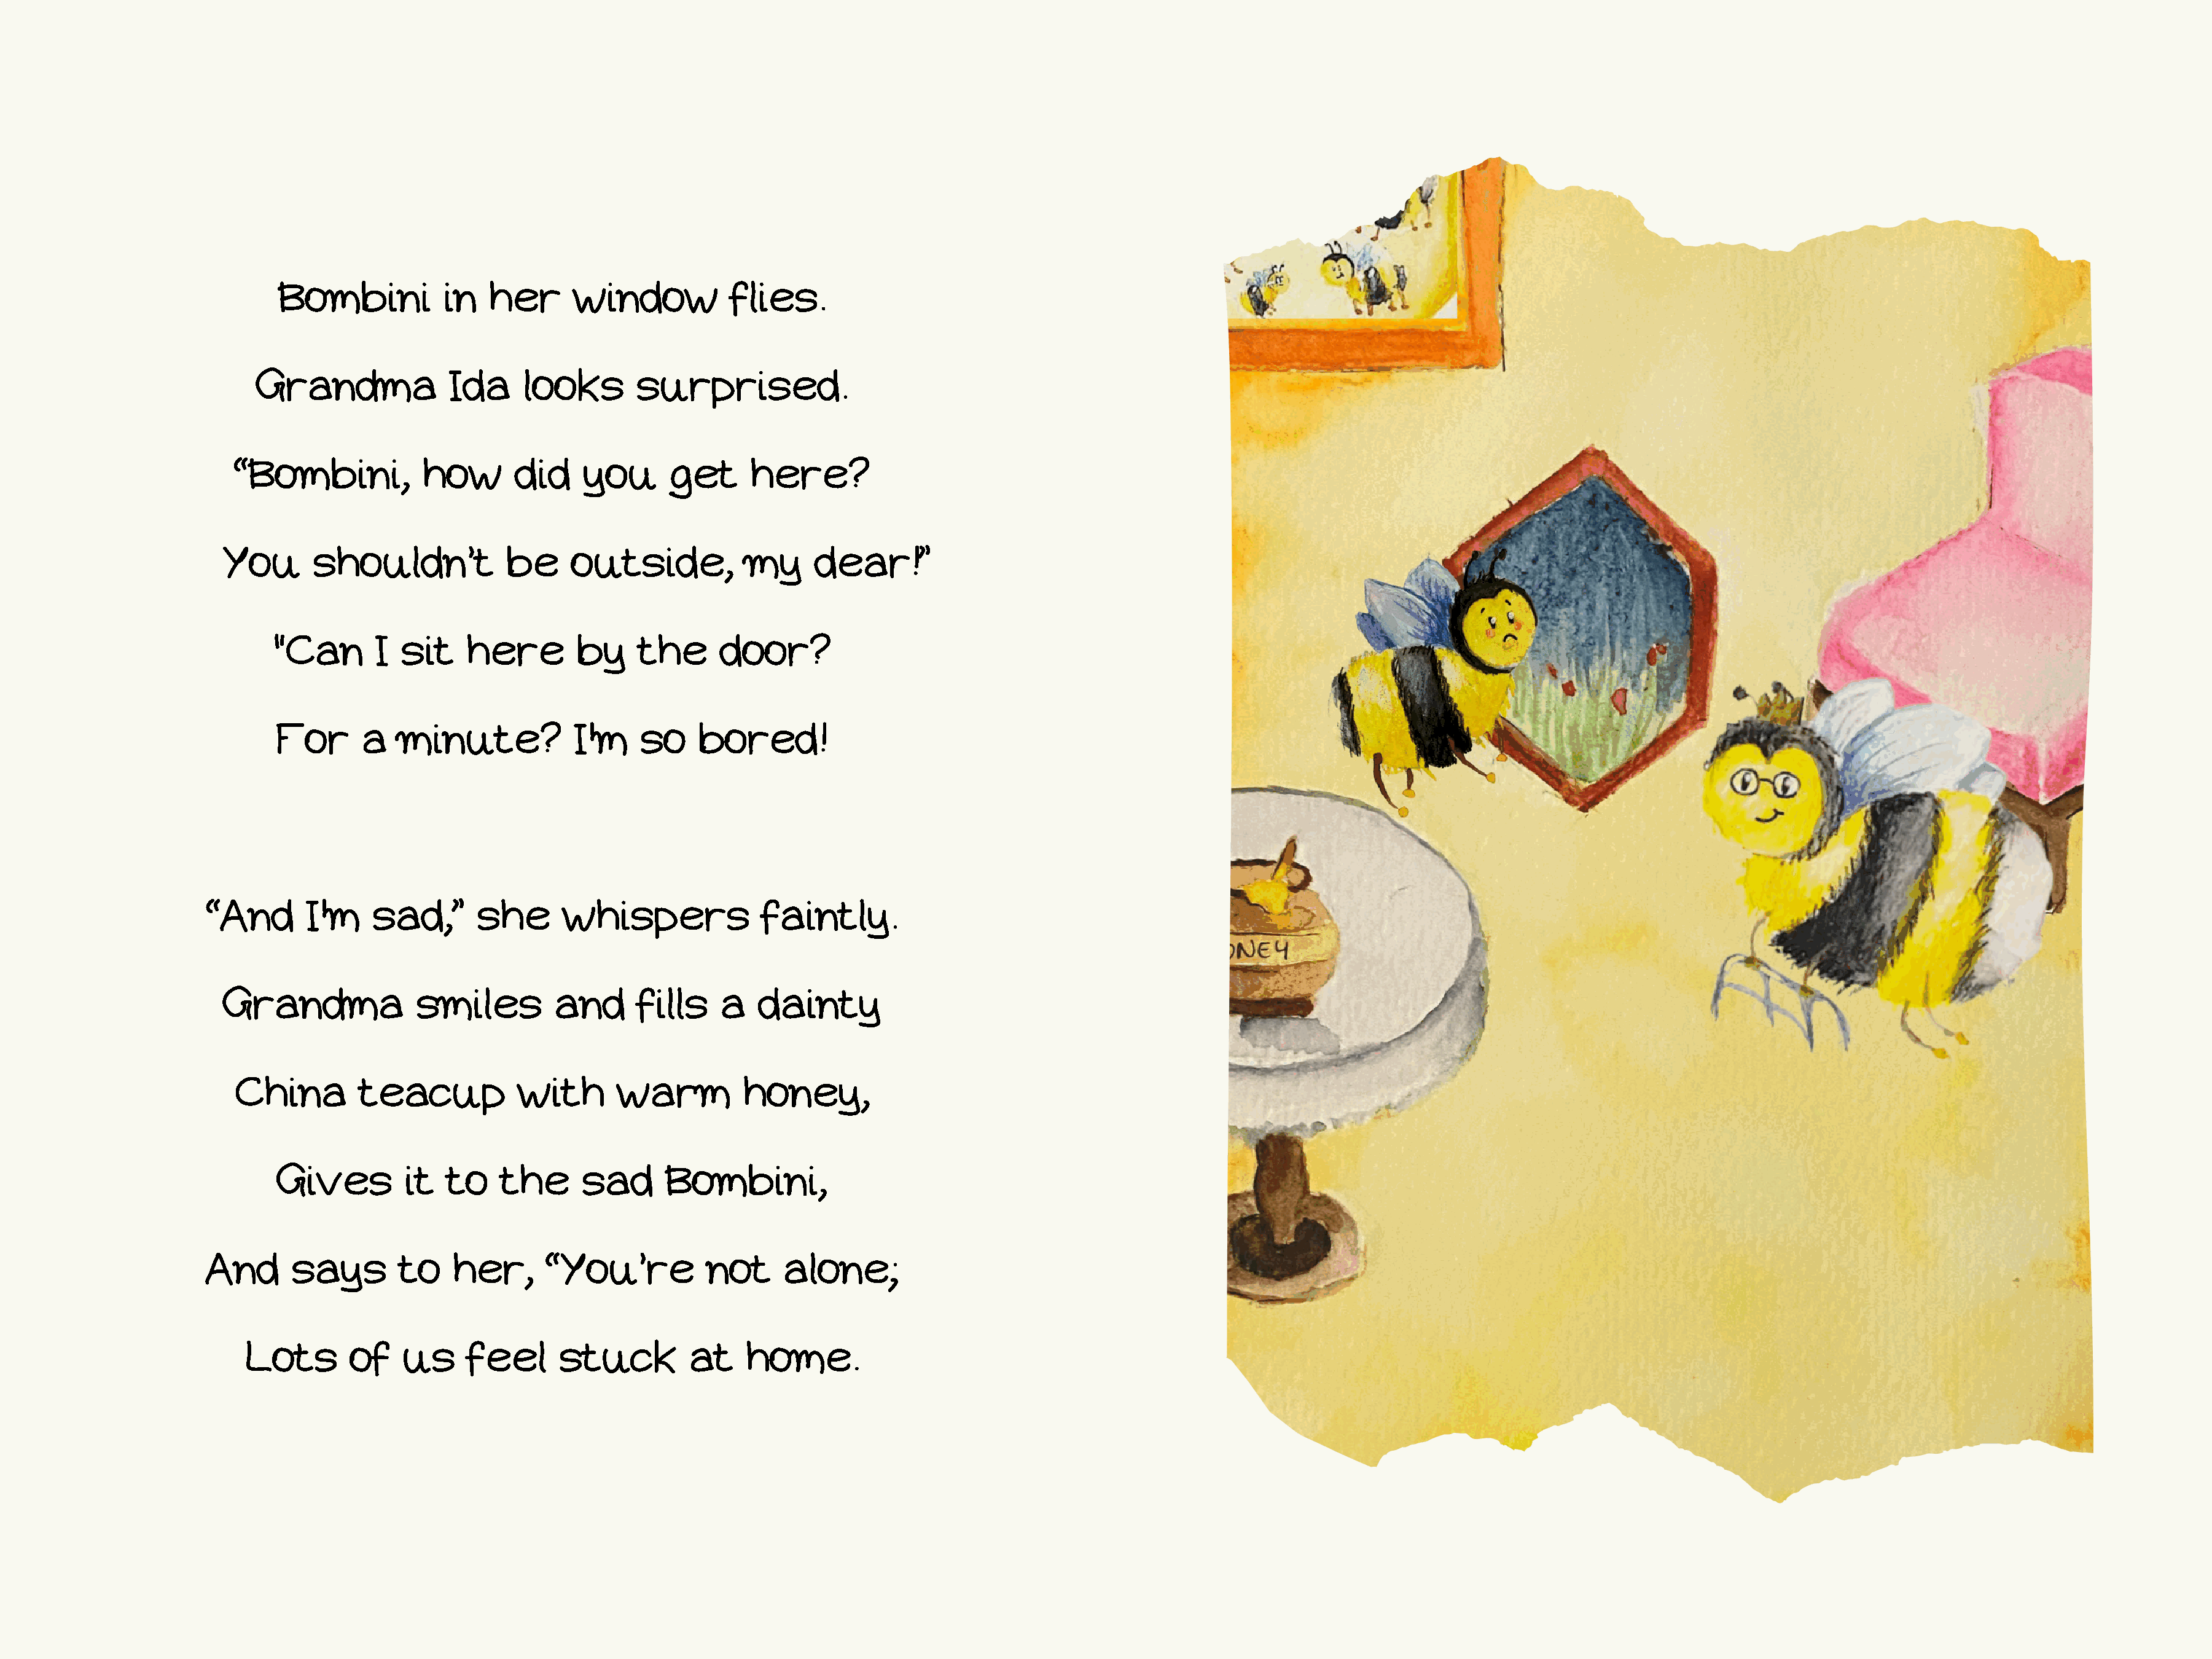
Bombini           in   her      window           flies.
 Grandma             Ida     looks        surprised.
 “Bombini,            how       did    you      get      here?
 You       shouldn’t            be     outside,          my      dear!”
 "Can       I sit    here        by     the      door?
 For      a   minute?            I'm    so    bored!
 “And       I'm    sad,”      she       whispers             faintly.
 Grandma              smiles         and      fills    a   dainty
 China         teacup           with       warm         honey,
 Gives         it  to    the      sad      Bombini,
 And      says        to    her,      “You’re          not     alone;
 Lots       of   us     feel      stuck         at    home.